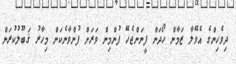
ދިވެހިންގެ އެވޭލާ ޒަމާން ހޯދަން ފީނަންޖެހޭ ފުންމިން ވަރަށް ފުންވާނެކަން މިހާރު ޤަބޫލުކުރަން